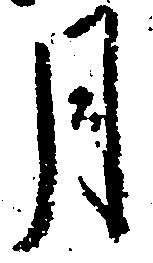
月